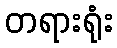
တရားရုံး